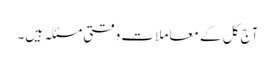
آج کل کے معاملات وقتی مسئلہ ہیں۔